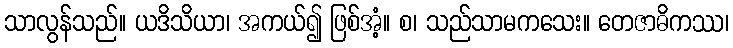
သာလွန်သည်။ ယဒိသိယာ၊ အကယ်၍ ဖြစ်အံ့။ စ၊ သည်သာမကသေး။ တေဇာဓိကဿ၊